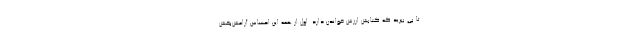
تا پی ببرید که کتابش ارزش خواندن دارد. اول از همه این احساس آرامش‌بخش